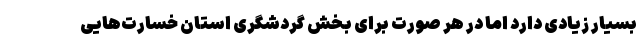
بسیار زیادی دارد اما در هر صورت برای بخش گردشگری استان خسارت‌هایی